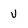
Character: U